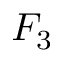
F _ { 3 }